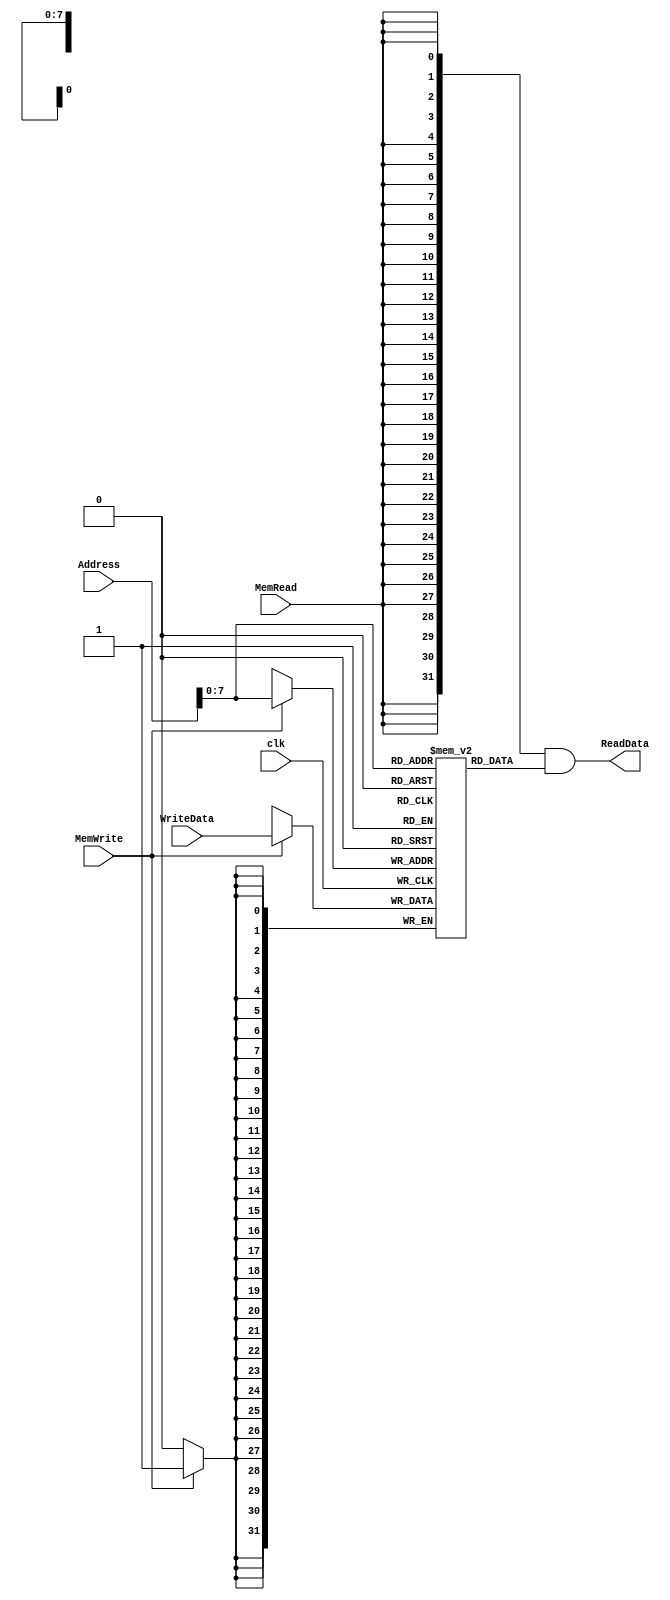
/******************************************************************
* Description
*	This is the data memory for the MIPS processor
*	1.0
* Author:
*	Dr. Jos Luis Pizano Escalante
* email:
*	luispizano@iteso.mx
* Date:
*	01/03/2014
******************************************************************/

module DataMemory 
#(	parameter DATA_WIDTH=32,
	parameter MEMORY_DEPTH = 256

)
(
	input [DATA_WIDTH-1:0] WriteData,
	input [DATA_WIDTH-1:0]  Address,
	input MemWrite,MemRead, clk,
	output  [DATA_WIDTH-1:0]  ReadData
);
	
	// Declare the RAM variable
	reg [DATA_WIDTH-1:0] ram[MEMORY_DEPTH-1:0];
	wire [DATA_WIDTH-1:0] ReadDataAux;

	always @ (posedge clk)
	begin
		// Write
		if (MemWrite)
			ram[Address] <= WriteData;
	end
	assign ReadDataAux = ram[Address];
  	assign ReadData = {DATA_WIDTH{MemRead}}& ReadDataAux;

endmodule